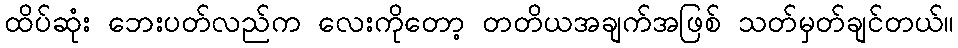
ထိပ်ဆုံး ဘေးပတ်လည်က လေးကိုတော့ တတိယအချက်အဖြစ် သတ်မှတ်ချင်တယ်။